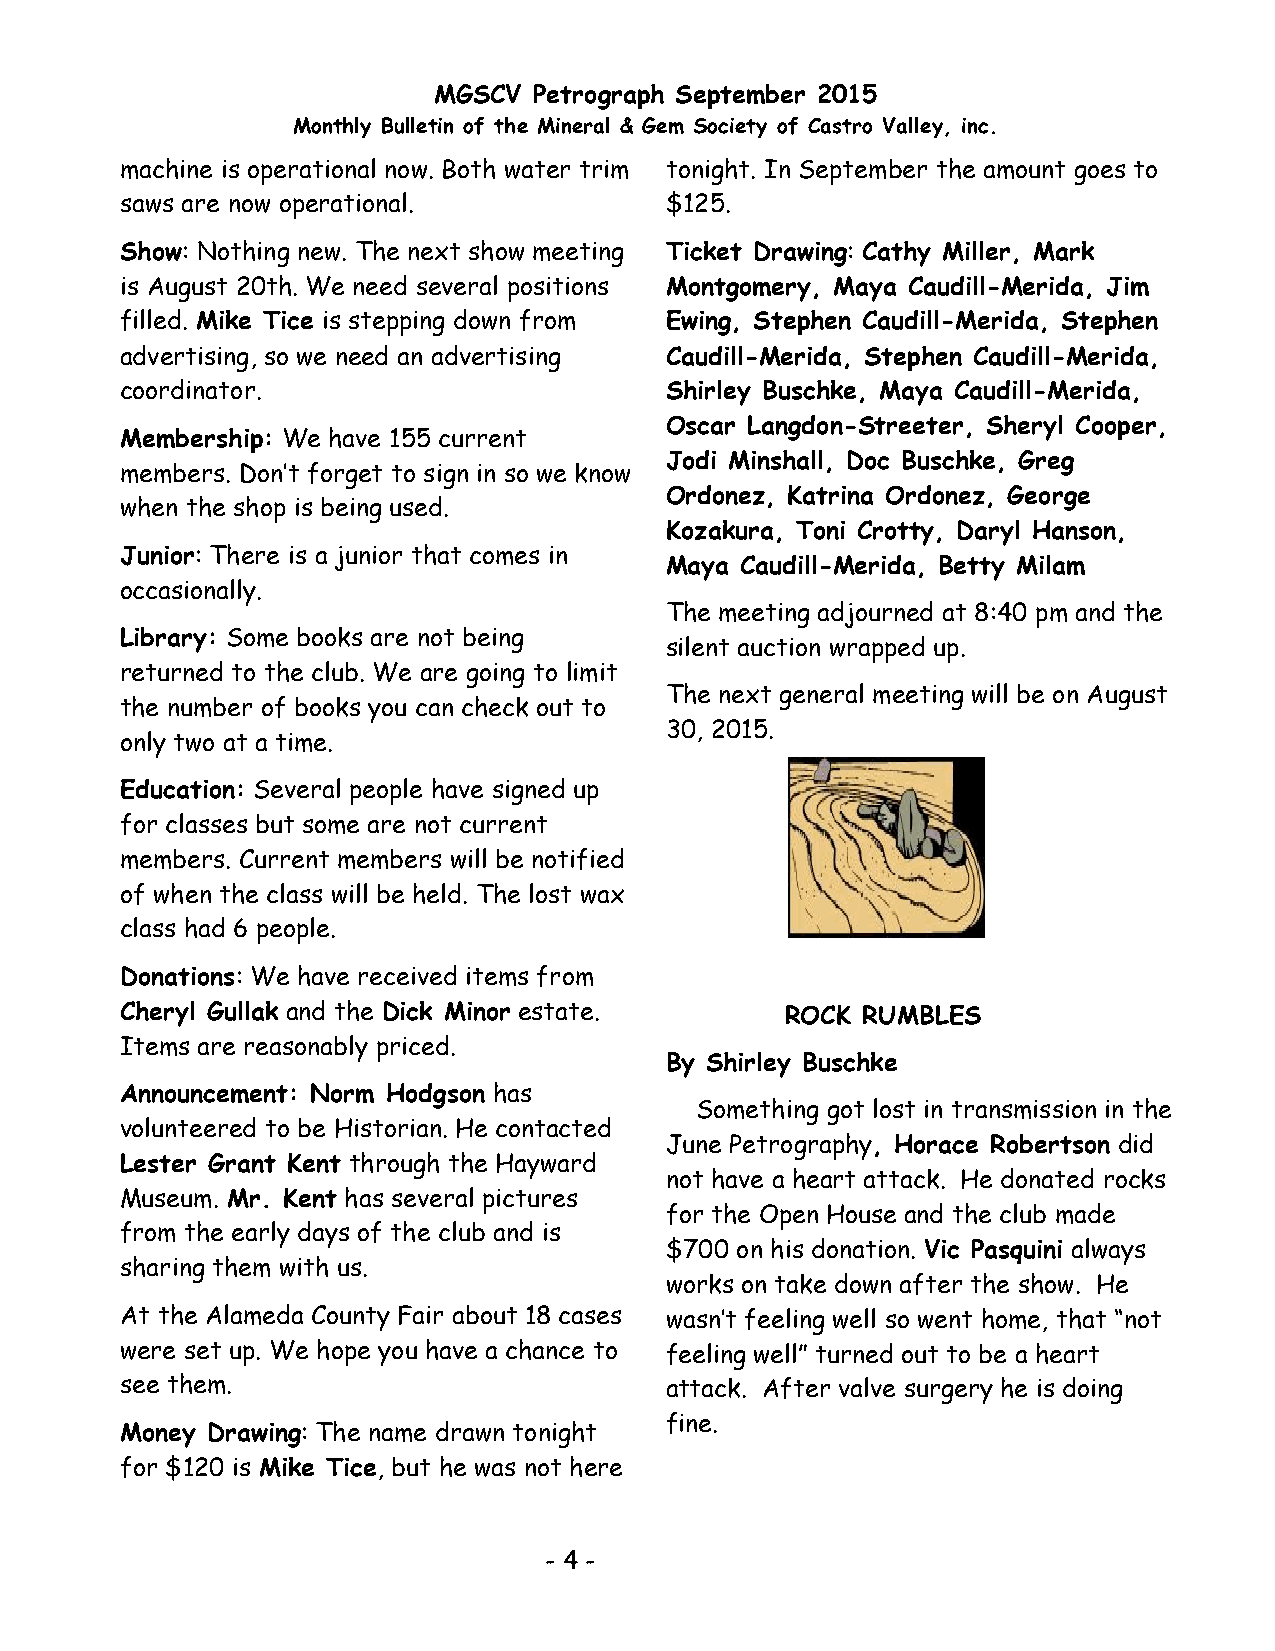
MGSCV Petrograph September 2015
 Monthly Bulletin of the Mineral & Gem Society of Castro Valley, inc.
 machine is operational now. Both water trim tonight. In September the amount goes to
 saws are now operational.           $125.
 Show: Nothing new. The next show meeting Ticket Drawing: Cathy Miller, Mark
 is August 20th. We need several positions Montgomery, Maya Caudill-Merida, Jim
 filled. Mike Tice is stepping down from Ewing, Stephen Caudill-Merida, Stephen
 advertising, so we need an advertising Caudill-Merida, Stephen Caudill-Merida,
 coordinator.                        Shirley Buschke, Maya Caudill-Merida,
 Oscar Langdon-Streeter, Sheryl Cooper,
 Membership: We have 155 current
 Jodi Minshall, Doc Buschke, Greg
 members. Don’t forget to sign in so we know
 Ordonez, Katrina Ordonez, George
 when the shop is being used.
 Kozakura, Toni Crotty, Daryl Hanson,
 Junior: There is a junior that comes in
 Maya Caudill-Merida, Betty Milam
 occasionally.
 The meeting adjourned at 8:40 pm and the
 Library: Some books are not being
 silent auction wrapped up.
 returned to the club. We are going to limit
 The next general meeting will be on August
 the number of books you can check out to
 30, 2015.
 only two at a time.
 Education: Several people have signed up
 for classes but some are not current
 members. Current members will be notified
 of when the class will be held. The lost wax
 class had 6 people.
 Donations: We have received items from
 Cheryl Gullak and the Dick Minor estate.    ROCK RUMBLES
 Items are reasonably priced.
 By Shirley Buschke
 Announcement: Norm Hodgson has
 Something got lost in transmission in the
 volunteered to be Historian. He contacted
 June Petrography, Horace Robertson did
 Lester Grant Kent through the Hayward
 not have a heart attack. He donated rocks
 Museum. Mr. Kent has several pictures
 for the Open House and the club made
 from the early days of the club and is
 $700 on his donation. Vic Pasquini always
 sharing them with us.
 works on take down after the show. He
 At the Alameda County Fair about 18 cases wasn’t feeling well so went home, that “not
 were set up. We hope you have a chance to feeling well” turned out to be a heart
 see them.                           attack. After valve surgery he is doing
 fine.
 Money Drawing: The name drawn tonight
 for $120 is Mike Tice, but he was not here
 - 4 -